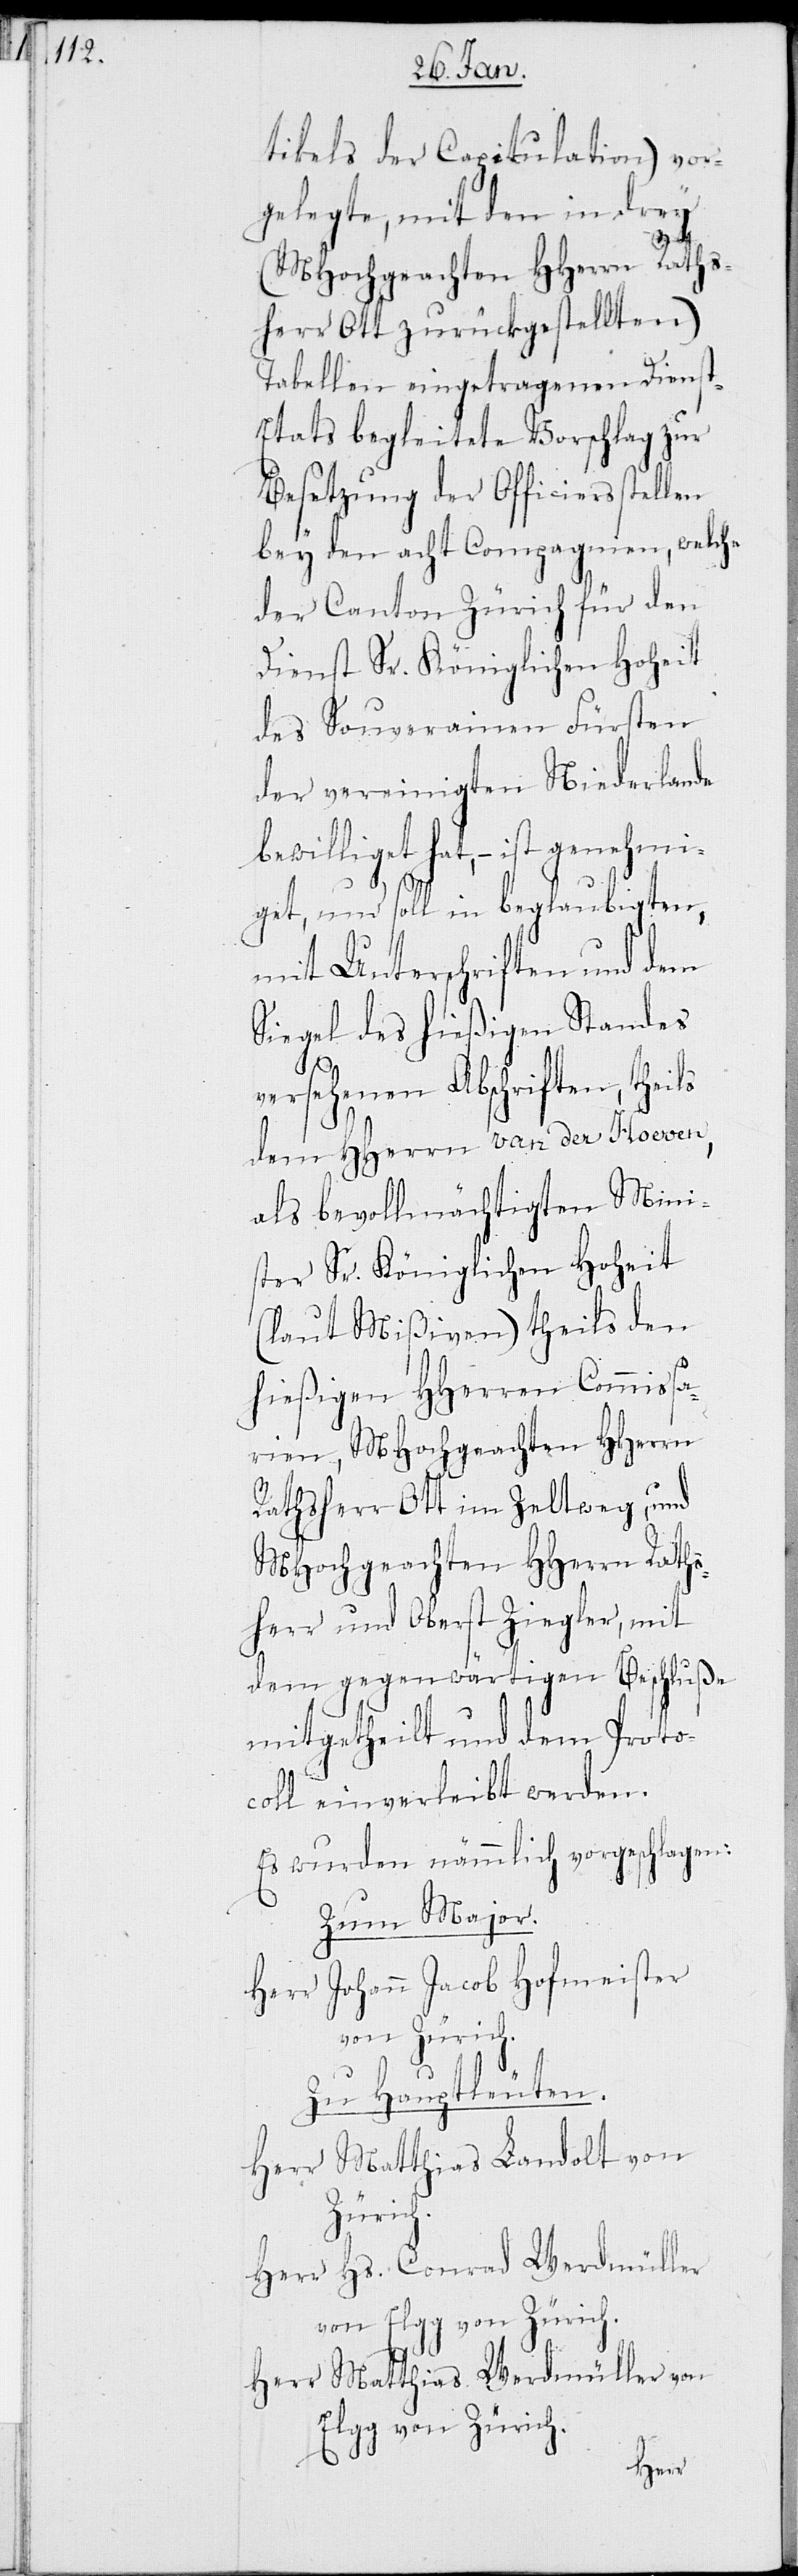
tikels der Capitulation) vor¬
gelegte, mit den in drey
(MHochgeachten HHerrn Raths¬
herr Ott zurückgestellten)
Tabellen eingetragenen Diens¬
t-Etats begleitete Vorschlag zur
Besetzung der Officiersstellen
bey den acht Compagnien, welche
der Canton Zürich für den
Dienst Sr. Königlichen Hoheit
des Souverainen Fürsten
der vereinigten Niederlande
bewilliget hat, – ist genehmi¬
get, und soll in beglaubigten,
mit Unterschriften und dem
Siegel des hießigen Standes
versehenen Abschriften, theils
dem HHerrn van der Hoeven,
als bevollmächtigten Mini¬
ster Sr. Königlichen Hoheit
(laut Mißiven) theils den
hießigen HHerren Commissa¬
rien, MHochgeachten HHerrn
Rathsherr Ott im Zeltweg, und
MHochgeachten HHerrn Raths¬
herr und Oberst Ziegler, mit
dem gegenwärtigen Beschluße
mitgetheilt und dem Proto¬
koll einverleibt werden.
Zum Major.
Herr Johann Jacob Hofmeister
von Zürich.
Zu Hauptleuten.
Herr Matthias Landolt von
Zürich.
Herr Hs. Conrad Werdmüller
von Elgg von Zürich.
Herr Matthias Werdmüller von
Elgg von Zürich.